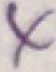
x